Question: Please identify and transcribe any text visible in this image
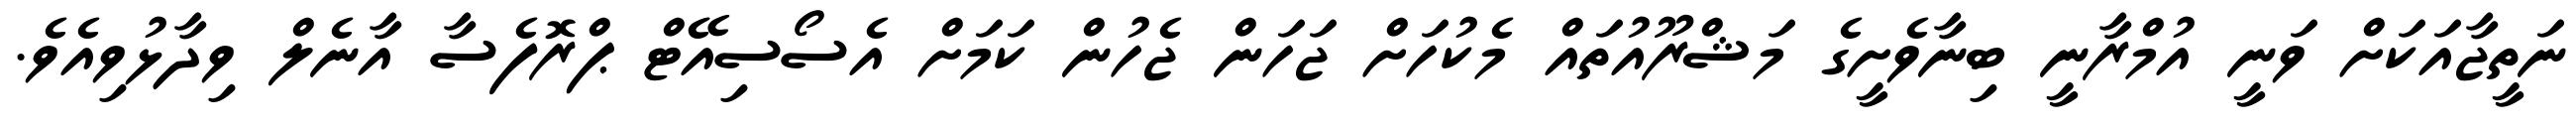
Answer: ނަތީޖާއަކަށް ވަނީ އުމްރާނީ ބިނާވެށީގެ މަޝްރޫއުތައް މެކުހަށް ޖަހަން ޖެހުން ކަމަށް އެސޯސިއޭޓް ޕްރޮފެސާ އާނެލް ވިދާޅުވިއެވެ.